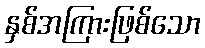
နှစ်အကြားဖြစ်သော